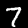
Digit: 7